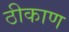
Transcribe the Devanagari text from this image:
ठीकाण